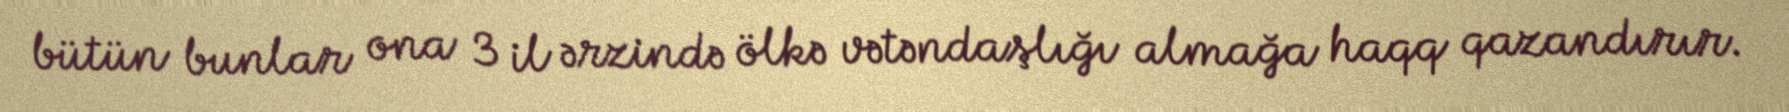
bütün bunlar ona 3 il ərzində ölkə vətəndaşlığı almağa haqq qazandırır.